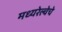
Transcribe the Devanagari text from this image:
मध्यरेल्वेचे